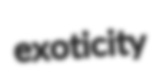
exoticity